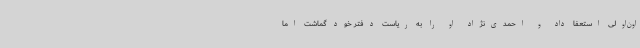
اون‌اولی استعفا داد و احمدی‌نژاد او را به ریاست دفتر خود گماشت اما